Sanitation, dispensaries and jails vaccination Rajputana 1922-1927 - 1922-1927
Year: 1922
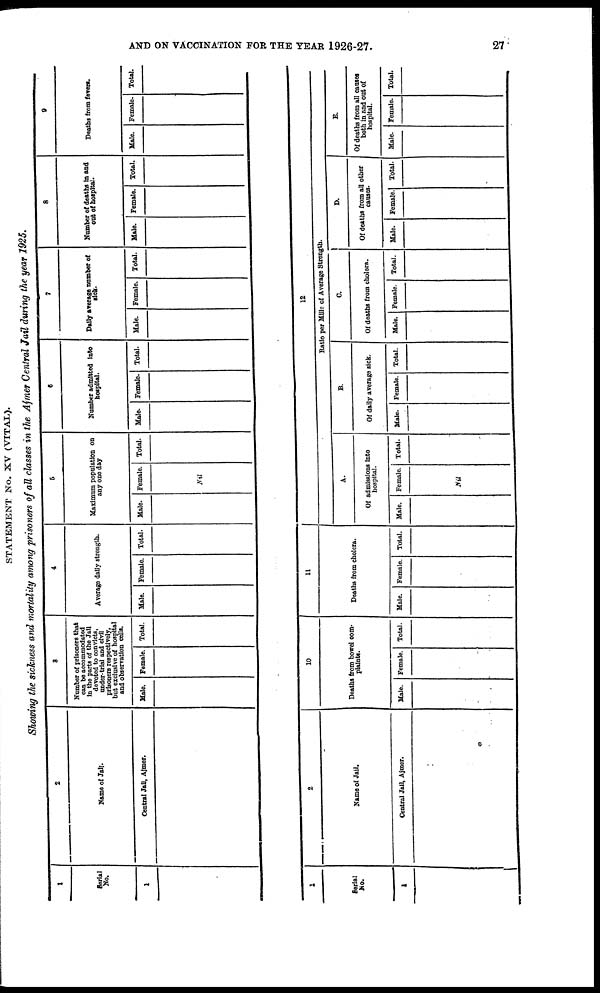
AND ON VACCINATION FOR THE YEAR 1926-27.
27
STATEMENT No. XV (VITAL).
Showing the sickness and mortality among prisoners of all classes in the Ajmer Central Jail during the year 1925.
1
Serial
No.
1
2
Name of Jail.
Central Jail, Ajmer.
3
Number of prisoners that
can be accommodated
in the parts of the Jail
devoted to convicts,
under-trial and civil
prisoners respectively.
but exclusive of hospital
and observation cells.
Male. Female. Total.
4
Average daily strength.
Male. Female. Total.
5
Maximum population on
any one day
Hale. Female.
Nil
Total.
6
Number admitted into
hospital.
Male. Female. Total.
7
Daily average number of
sick.
Male. Female. Total.
8
Number of deaths in and
out of hospital.
Male. Female. Total.
9
Deaths from fevers.
Male. Female. Total.
1
Serial
No.
1
2
Name of Jail.
Central Jail, Ajmer.
10
Deaths from bowel com-
plaints.
Male. Female. Total.
11
Deaths from cholera.
Male. Female. Total.
12
Ratio per Mille of Average Strength.
A.
Of admissions into
hospital.
Male. Female.
Nil
Total.
B.
Of daily average sick.
Male. Female. Total.
C.
Of deaths from cholera.
Male. Female. Total.
D.
Of deaths from all other
causes.
Male. Female. Total.
E.
Of deaths from all causes
both in and out of
hospital.
Male. Female. Total.